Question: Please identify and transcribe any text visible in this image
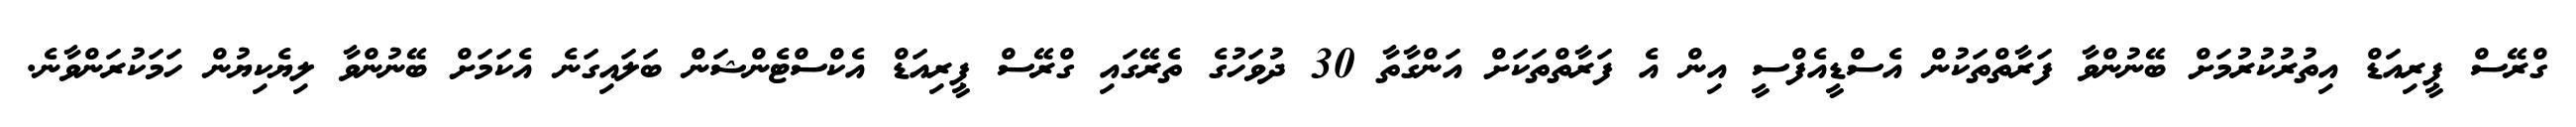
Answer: ގްރޭސް ޕީރިއަޑް އިތުރުކުރުމަށް ބޭނުންވާ ފަރާތްތަކުން އެސްޑީއެފްސީ އިން އެ ފަރާތްތަކަށް އަންގާތާ 30 ދުވަހުގެ ތެރޭގައި ގްރޭސް ޕީރިއަޑް އެކްސްޓެންޝަން ބަލައިގަނެ އެކަމަށް ބޭނުންވާ ލިޔެކިޔުން ހަމަކުރަންވާނެ.